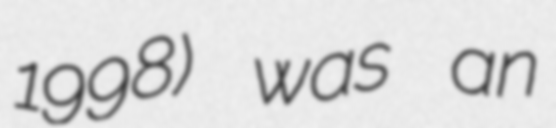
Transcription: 1998) was an